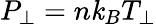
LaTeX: P_{\perp}=n\mathit{k}_{B}T_{\perp}